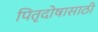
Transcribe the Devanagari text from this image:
पितृदोषासाठी